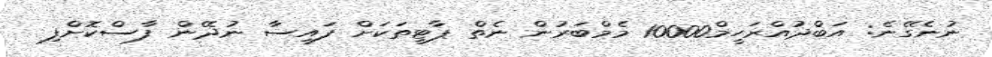
ނުނެގޭނެ: އަބްދުއްރަހީމް10000 މެމްބަރުން ނެތް ޕާޓީތަކަށް ފައިސާ ނުދޭން ފާސްކޮށްފި